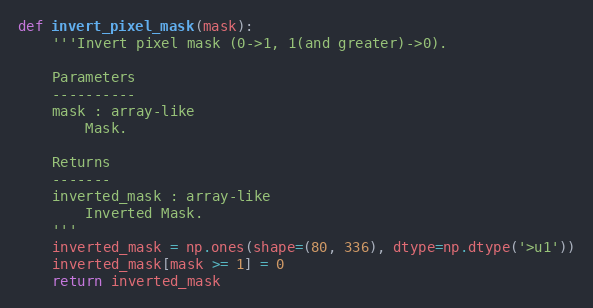
Language: Python
def invert_pixel_mask(mask):
    '''Invert pixel mask (0->1, 1(and greater)->0).

    Parameters
    ----------
    mask : array-like
        Mask.

    Returns
    -------
    inverted_mask : array-like
        Inverted Mask.
    '''
    inverted_mask = np.ones(shape=(80, 336), dtype=np.dtype('>u1'))
    inverted_mask[mask >= 1] = 0
    return inverted_mask